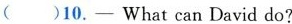
( )10.—What can David do?